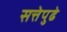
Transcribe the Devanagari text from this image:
सत्तेपुढे